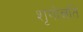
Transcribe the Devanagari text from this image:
शृंगोन्नति